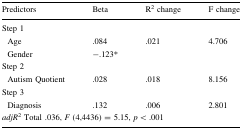
<table><thead><tr><td><b>Predictors</b></td><td><b>Beta</b></td><td><b>R<sup>2</sup> change</b></td><td><b>F change</b></td></tr></thead><tbody><tr><td colspan="4">Step 1</td></tr><tr><td> Age</td><td>.084</td><td>.021</td><td>4.706</td></tr><tr><td> Gender</td><td>−.123*</td><td>[EMPTY_CELL]</td><td>[EMPTY_CELL]</td></tr><tr><td colspan="4">Step 2</td></tr><tr><td> Autism Quotient</td><td>.028</td><td>.018</td><td>8.156</td></tr><tr><td colspan="4">Step 3</td></tr><tr><td> Diagnosis</td><td>.132</td><td>.006</td><td>2.801</td></tr><tr><td colspan="4"><i>adjR</i><sup>2</sup> Total .036, <i>F</i> (4,4436) = 5.15, <i>p</i> &lt; .001</td></tr></tbody></table>